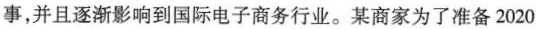
事，并且逐渐影响到国际电子商务行业。某商家为了准备2020